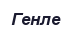
Генле